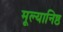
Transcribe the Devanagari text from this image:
मूल्यानिष्ठ